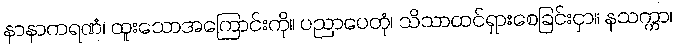
နာနာကရဏံ၊ ထူးသောအကြောင်းကို။ ပညာပေတုံ၊ သိသာထင်ရှားစေခြင်းငှာ။ နသက္ကာ၊